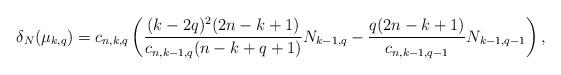
LaTeX: \begin{align*}\delta_N(\mu_{k,q})=c_{n,k,q}\left(\frac{(k-2q)^2(2n-k+1)}{c_{n,k-1,q}(n-k+q+1)}N_{k-1,q}-\frac{q(2n-k+1)}{c_{n,k-1,q-1}} N_{k-1,q-1}\right),\end{align*}